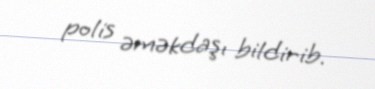
polis əməkdaşı bildirib.